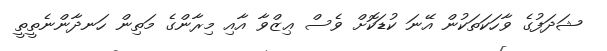
ޝަދަފުގެ ވާހަކަތަކުން އޭނަ ކުޑަކޮށް ވެސް ޢިޒްވާ އާއި މިރާންގެ މަތިން ހަނދާންނެތީތީ